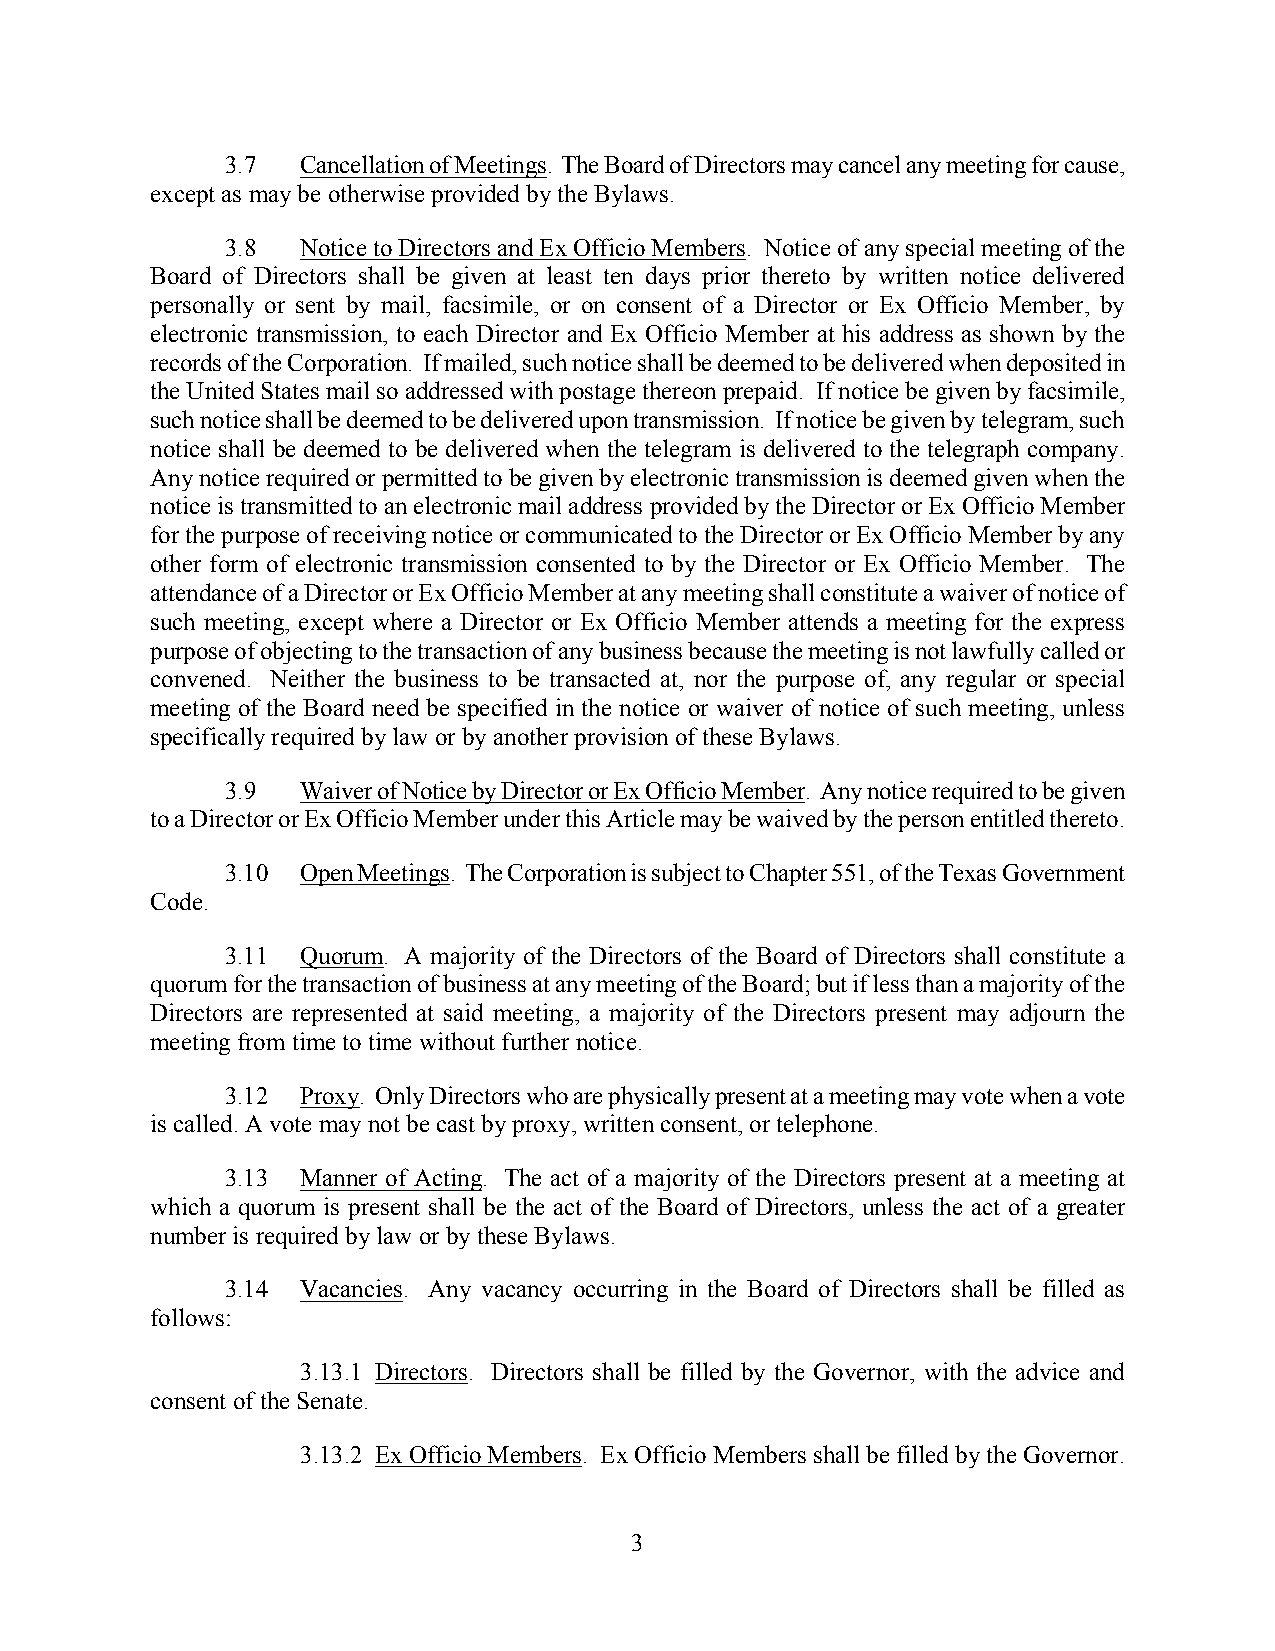
3.7  Cancellation of Meetings. The Board of Directors may cancel any meeting for cause,
 except as may be otherwise provided by the Bylaws.
 3.8  Notice to Directors and Ex Officio Members. Notice of any special meeting of the
 Board of Directors shall be given at least ten days prior thereto by written notice delivered
 personally or sent by mail, facsimile, or on consent of a Director or Ex Officio Member, by
 electronic transmission, to each Director and Ex Officio Member at his address as shown by the
 records of the Corporation. If mailed, such notice shall be deemed to be delivered when deposited in
 the United States mail so addressed with postage thereon prepaid. If notice be given by facsimile,
 such notice shall be deemed to be delivered upon transmission. If notice be given by telegram, such
 notice shall be deemed to be delivered when the telegram is delivered to the telegraph company.
 Any notice required or permitted to be given by electronic transmission is deemed given when the
 notice is transmitted to an electronic mail address provided by the Director or Ex Officio Member
 for the purpose of receiving notice or communicated to the Director or Ex Officio Member by any
 other form of electronic transmission consented to by the Director or Ex Officio Member. The
 attendance of a Director or Ex Officio Member at any meeting shall constitute a waiver of notice of
 such meeting, except where a Director or Ex Officio Member attends a meeting for the express
 purpose of objecting to the transaction of any business because the meeting is not lawfully called or
 convened. Neither the business to be transacted at, nor the purpose of, any regular or special
 meeting of the Board need be specified in the notice or waiver of notice of such meeting, unless
 specifically required by law or by another provision of these Bylaws.
 3.9  Waiver of Notice by Director or Ex Officio Member. Any notice required to be given
 to a Director or Ex Officio Member under this Article may be waived by the person entitled thereto.
 3.10 Open Meetings. The Corporation is subject to Chapter 551, of the Texas Government
 Code.
 3.11 Quorum. A majority of the Directors of the Board of Directors shall constitute a
 quorum for the transaction of business at any meeting of the Board; but if less than a majority of the
 Directors are represented at said meeting, a majority of the Directors present may adjourn the
 meeting from time to time without further notice.
 3.12 Proxy. Only Directors who are physically present at a meeting may vote when a vote
 is called. A vote may not be cast by proxy, written consent, or telephone.
 3.13 Manner of Acting. The act of a majority of the Directors present at a meeting at
 which a quorum is present shall be the act of the Board of Directors, unless the act of a greater
 number is required by law or by these Bylaws.
 3.14 Vacancies. Any vacancy occurring in the Board of Directors shall be filled as
 follows:
 3.13.1 Directors. Directors shall be filled by the Governor, with the advice and
 consent of the Senate.
 3.13.2 Ex Officio Members. Ex Officio Members shall be filled by the Governor.
 3